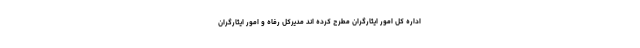
اداره کل امور ایثارگران مطرح کرده اند مدیرکل رفاه و امور ایثارگران